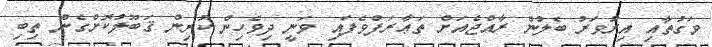
ވަގުތާއި އިރުވަރު ބެލުން ރާއްޖެއަށް ތަޢާރަފްވެފައި ވަނީ ދިވެހިން ކުރިން ޤަބޫލުކޮށްގެން ތިބި